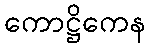
ကောဋ္ဌိကေန